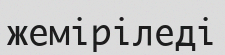
жеміріледі